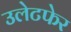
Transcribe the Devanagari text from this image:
उलेटफेर